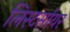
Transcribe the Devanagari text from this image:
लिस्टर्सायर